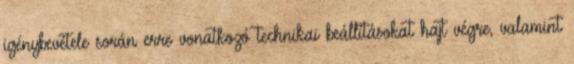
igénybevétele során erre vonatkozó technikai beállításokat hajt végre, valamint